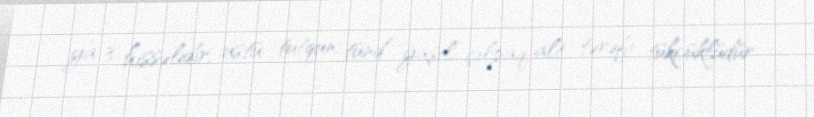
ya 3 hissəlidir, üstü tutqun, tünd yaşıl, çılpaq, alt tərəfi tükcüklüdür.